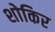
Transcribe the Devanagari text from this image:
शोकिर